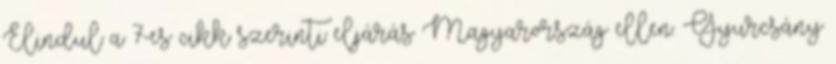
Elindul a 7-es cikk szerinti eljárás Magyarország ellen. Gyurcsány